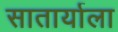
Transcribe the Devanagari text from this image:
सातार्याला